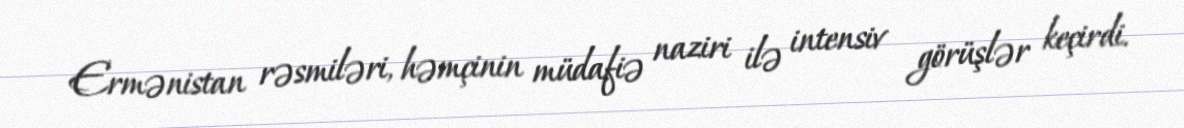
Ermənistan rəsmiləri, həmçinin müdafiə naziri ilə intensiv görüşlər keçirdi.